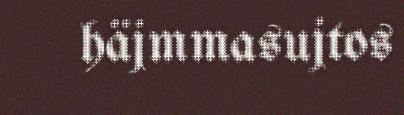
häjmmasujtos